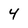
Character: 4